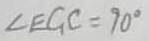
\angle E G C = 9 0 ^ { \circ }